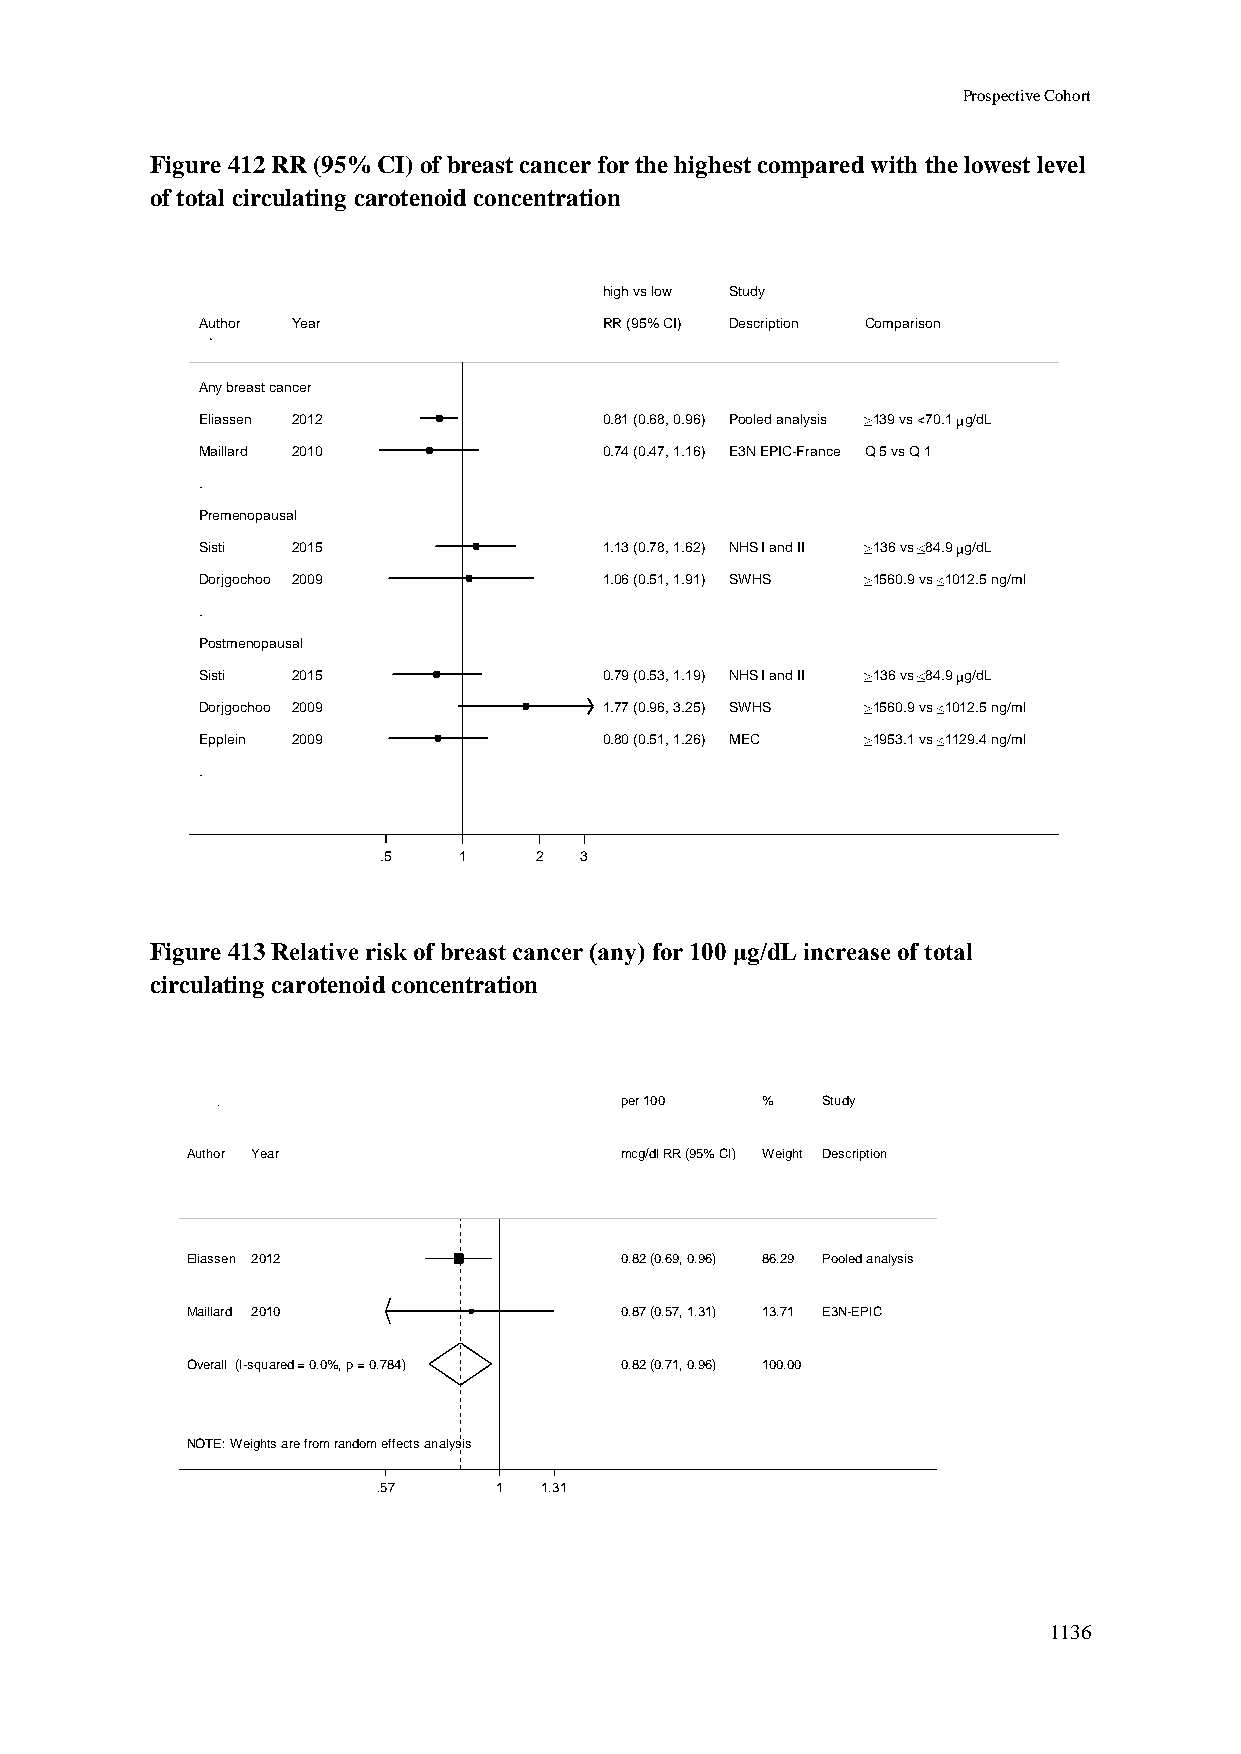
Prospective Cohort
 Figure 412 RR (95% CI) of breast cancer for the highest compared with the lowest level
 of total circulating carotenoid concentration
 hhiigghh vvss llooww SSttuuddyy
 Author Year                RRRR ((9955%% CCII)) DDeessccrriippttiioonn Comparison
 Any breast cancer
 Eliassen 2012              00..8811 ((00..6688,, 00..9966)) PPoooolleedd aannaallyyssiiss 139 vs <70.1 g/dL
 Maillard 2010              00..7744 ((00..4477,, 11..1166)) EE33NN EEPPIICC--FFrraannccee Q 5 vs Q 1
 .
 Premenopausal
 Sisti 2015                 11..1133 ((00..7788,, 11..6622)) NNHHSS II aanndd IIII 136 vs 84.9 g/dL
 Dorjgochoo 2009            11..0066 ((00..5511,, 11..9911)) SSWWHHSS 1560.9 vs 1012.5 ng/ml
 .
 Postmenopausal
 Sisti 2015                 00..7799 ((00..5533,, 11..1199)) NNHHSS II aanndd IIII 136 vs 84.9 g/dL
 Dorjgochoo 2009            11..7777 ((00..9966,, 33..2255)) SSWWHHSS 1560.9 vs 1012.5 ng/ml
 Epplein 2009               00..8800 ((00..5511,, 11..2266)) MMEECC 1953.1 vs 1129.4 ng/ml
 .
 .5   11   2  3
 Figure 413 Relative risk of breast cancer (any) for 100 μg/dL increase of total
 circulating carotenoid concentration
 ppeerr 110000 %% Study
 Author Year                  mmccgg//ddll RRRR ((9955%% CCII)) WWeeiigghhtt Description
 Eliassen 2012                00..8822 ((00..6699,, 00..9966)) 8866..2299 Pooled analysis
 Maillard 2010                00..8877 ((00..5577,, 11..3311)) 1133..7711 E3N-EPIC
 Overall (I-squared = 0.0%, p = 0.784) 00..8822 ((00..7711,, 00..9966)) 110000..0000
 NOTE: Weights are from random effects analysis
 .57     11 1.31
 1136